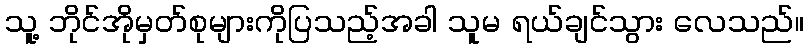
သူ့ ဘိုင်အိုမှတ်စုများကိုပြသည့်အခါ သူမ ရယ်ချင်သွား လေသည်။